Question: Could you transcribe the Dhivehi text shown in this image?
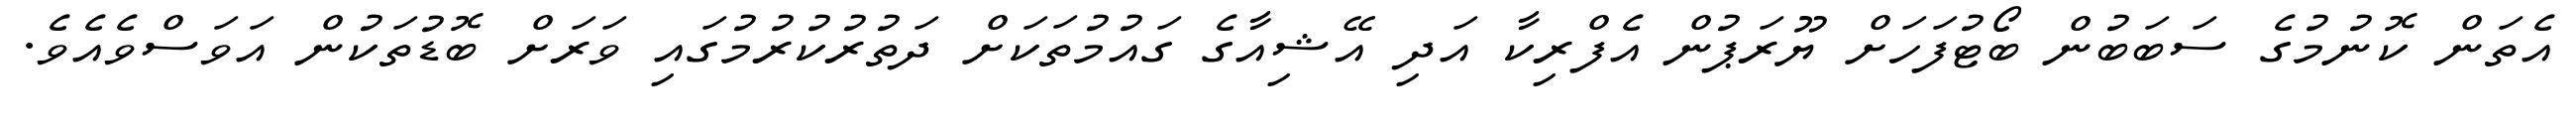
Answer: އެތަން ކޮނުމުގެ ސަބަބުން ބޯޓުފަހަށް ޔޫރަޕުން އެފްރިކާ އަދި އޭޝިއާގެ ގައުމުތަކަށް ދަތުރުކުރުމުގައި ވަރަށް ބޮޑުތަކުން އަވަސްވެއެވެ.